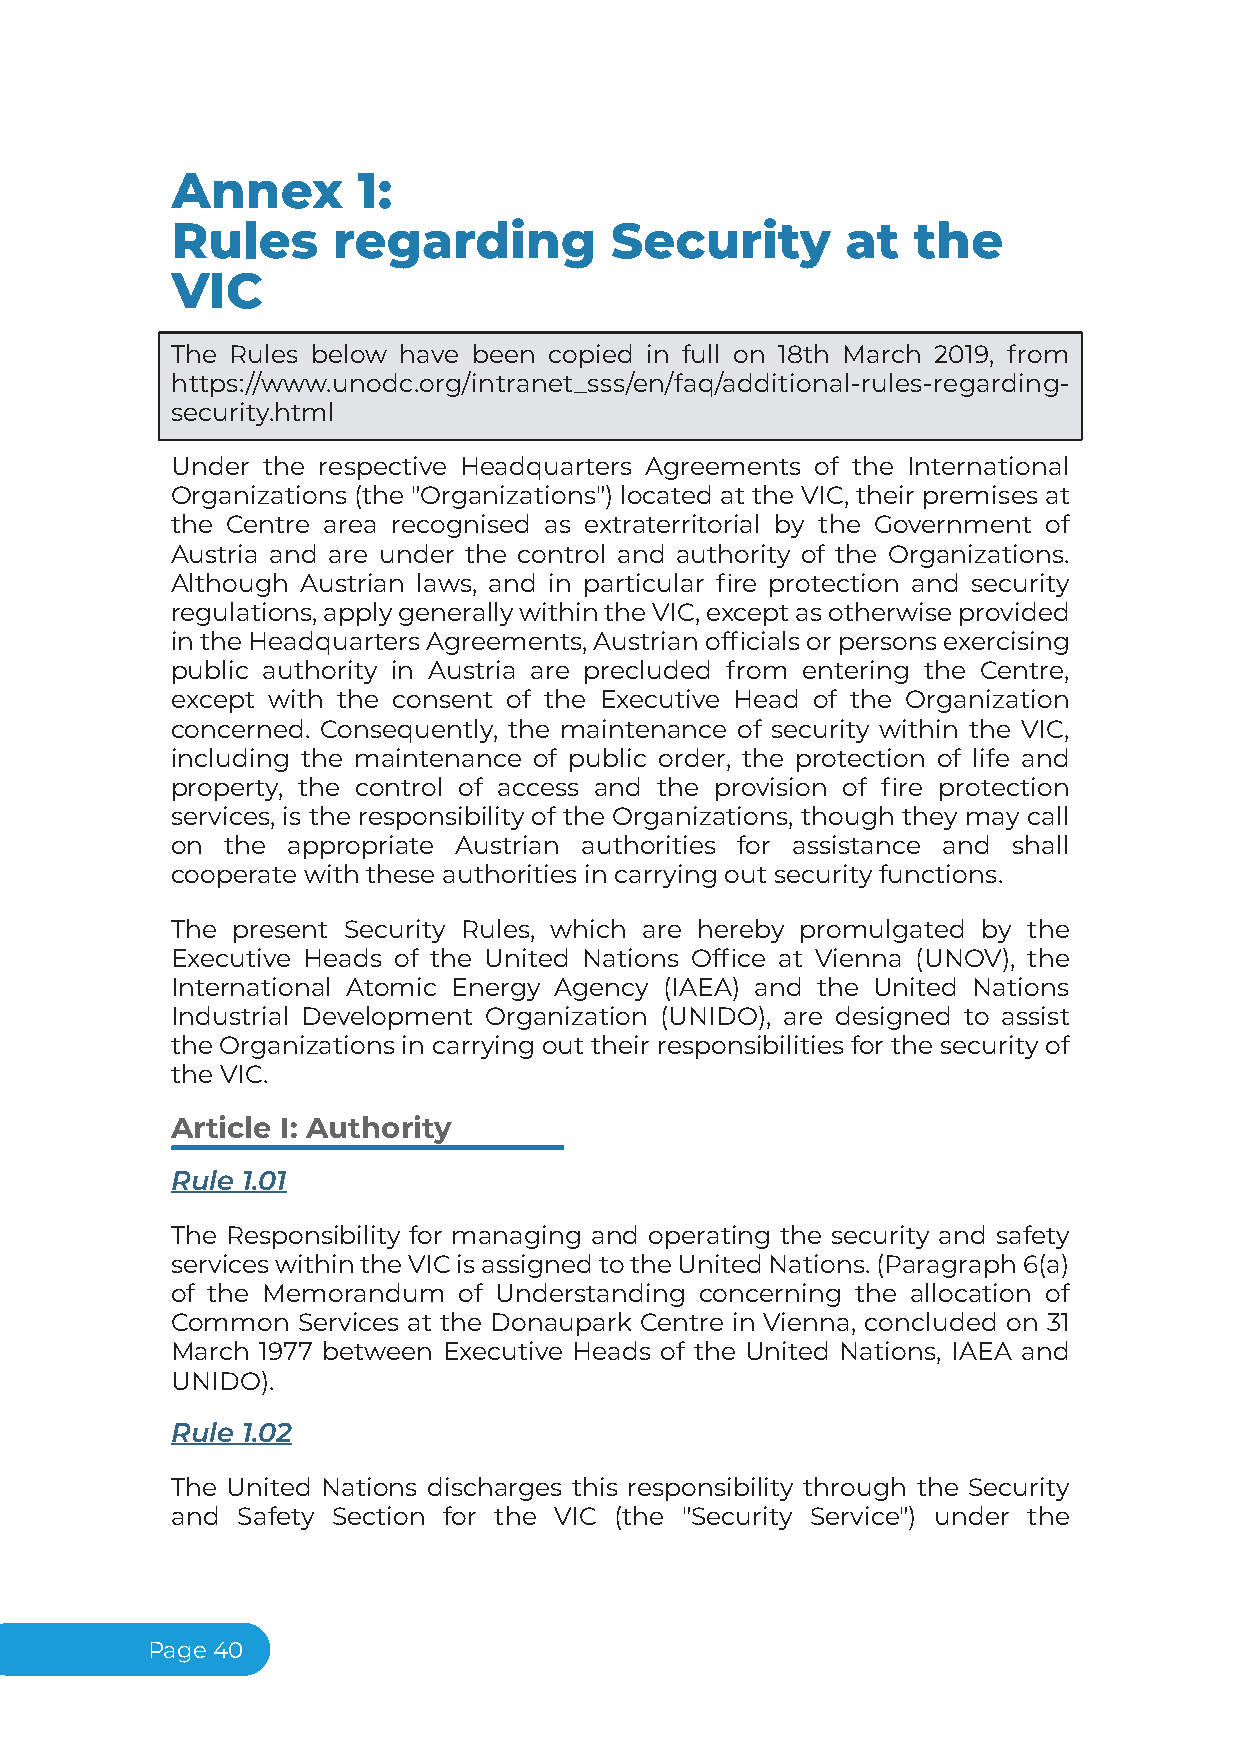
Annex        1:
 Rules      regarding         Security        at  the
 VIC
 The Rules below have been copied in full on 18th March 2019, from
 https://www.unodc.org/intranet_sss/en/faq/additional-rules-regarding-
 security.html
 Under the respective Headquarters Agreements of the International
 Organizations (the "Organizations") located at the VIC, their premises at
 the Centre area recognised as extraterritorial by the Government of
 Austria and are under the control and authority of the Organizations.
 Although Austrian laws, and in particular fire protection and security
 regulations,applygenerallywithintheVIC,exceptasotherwiseprovided
 intheHeadquartersAgreements,Austrianofficialsorpersonsexercising
 public authority in Austria are precluded from entering the Centre,
 except with the consent of the Executive Head of the Organization
 concerned. Consequently, the maintenance of security within the VIC,
 including the maintenance of public order, the protection of life and
 property, the control of access and the provision of fire protection
 services, is the responsibility of the Organizations, though they may call
 on  the appropriate Austrian authorities for assistance and shall
 cooperate with these authorities in carrying out security functions.
 The present Security Rules, which are hereby promulgated by the
 Executive Heads of the United Nations Office at Vienna (UNOV), the
 International Atomic Energy Agency (IAEA) and the United Nations
 Industrial Development Organization (UNIDO), are designed to assist
 the Organizations in carrying out their responsibilities for the security of
 the VIC.
 Article I: Authority
 Rule 1.01
 The Responsibility for managing and operating the security and safety
 serviceswithintheVICisassignedtotheUnitedNations.(Paragraph6(a)
 of the Memorandum  of Understanding concerning the allocation of
 Common   Services at the Donaupark Centre in Vienna, concluded on 31
 March 1977 between Executive Heads of the United Nations, IAEA and
 UNIDO).
 Rule 1.02
 The United Nations discharges this responsibility through the Security
 and  Safety Section for the VIC (the "Security Service") under the
 Page40